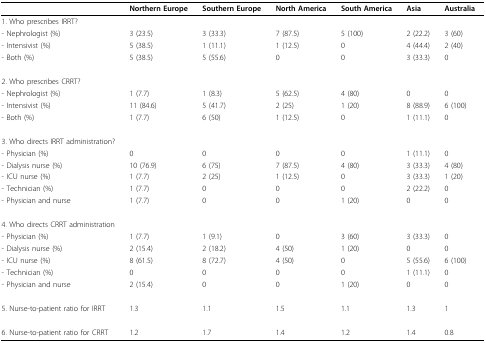
<table><thead><tr><td></td><td><b>Northern Europe</b></td><td><b>Southern Europe</b></td><td><b>North America</b></td><td><b>South America</b></td><td><b>Asia</b></td><td><b>Australia</b></td></tr></thead><tbody><tr><td>1. Who prescribes IRRT?</td><td></td><td></td><td></td><td></td><td></td><td></td></tr><tr><td>- Nephrologist (%)</td><td>3 (23.5)</td><td>3 (33.3)</td><td>7 (87.5)</td><td>5 (100)</td><td>2 (22.2)</td><td>3 (60)</td></tr><tr><td>- Intensivist (%)</td><td>5 (38.5)</td><td>1 (11.1)</td><td>1 (12.5)</td><td>0</td><td>4 (44.4)</td><td>2 (40)</td></tr><tr><td>- Both (%)</td><td>5 (38.5)</td><td>5 (55.6)</td><td>0</td><td>0</td><td>3 (33.3)</td><td>0</td></tr><tr><td>2. Who prescribes CRRT?</td><td></td><td></td><td></td><td></td><td></td><td></td></tr><tr><td>- Nephrologist (%)</td><td>1 (7.7)</td><td>1 (8.3)</td><td>5 (62.5)</td><td>4 (80)</td><td>0</td><td>0</td></tr><tr><td>- Intensivist (%)</td><td>11 (84.6)</td><td>5 (41.7)</td><td>2 (25)</td><td>1 (20)</td><td>8 (88.9)</td><td>6 (100)</td></tr><tr><td>- Both (%)</td><td>1 (7.7)</td><td>6 (50)</td><td>1 (12.5)</td><td>0</td><td>1 (11.1)</td><td>0</td></tr><tr><td>3. Who directs IRRT administration?</td><td></td><td></td><td></td><td></td><td></td><td></td></tr><tr><td>- Physician (%)</td><td>0</td><td>0</td><td>0</td><td>0</td><td>1 (11.1)</td><td>0</td></tr><tr><td>- Dialysis nurse (%)</td><td>10 (76.9)</td><td>6 (75)</td><td>7 (87.5)</td><td>4 (80)</td><td>3 (33.3)</td><td>4 (80)</td></tr><tr><td>- ICU nurse (%)</td><td>1 (7.7)</td><td>2 (25)</td><td>1 (12.5)</td><td>0</td><td>3 (33.3)</td><td>1 (20)</td></tr><tr><td>- Technician (%)</td><td>1 (7.7)</td><td>0</td><td>0</td><td>0</td><td>2 (22.2)</td><td>0</td></tr><tr><td>- Physician and nurse</td><td>1 (7.7)</td><td>0</td><td>0</td><td>1 (20)</td><td>0</td><td>0</td></tr><tr><td>4. Who directs CRRT administration</td><td></td><td></td><td></td><td></td><td></td><td></td></tr><tr><td>- Physician (%)</td><td>1 (7.7)</td><td>1 (9.1)</td><td>0</td><td>3 (60)</td><td>3 (33.3)</td><td>0</td></tr><tr><td>- Dialysis nurse (%)</td><td>2 (15.4)</td><td>2 (18.2)</td><td>4 (50)</td><td>1 (20)</td><td>0</td><td>0</td></tr><tr><td>- ICU nurse (%)</td><td>8 (61.5)</td><td>8 (72.7)</td><td>4 (50)</td><td>0</td><td>5 (55.6)</td><td>6 (100)</td></tr><tr><td>- Technician (%)</td><td>0</td><td>0</td><td>0</td><td>0</td><td>1 (11.1)</td><td>0</td></tr><tr><td>- Physician and nurse</td><td>2 (15.4)</td><td>0</td><td>0</td><td>1 (20)</td><td>0</td><td>0</td></tr><tr><td>5. Nurse-to-patient ratio for IRRT</td><td>1.3</td><td>1.1</td><td>1.5</td><td>1.1</td><td>1.3</td><td>1</td></tr><tr><td>6. Nurse-to-patient ratio for CRRT</td><td>1.2</td><td>1.7</td><td>1.4</td><td>1.2</td><td>1.4</td><td>0.8</td></tr></tbody></table>